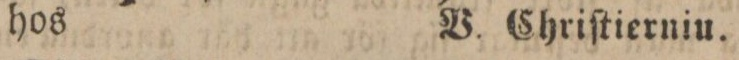
hos    V. Chriſtierniu.